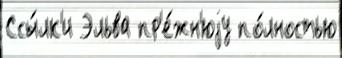
Ссы́лк'и Эльва пр'е́жн'юjу по́лностью